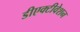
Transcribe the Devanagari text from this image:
डीएक्टीवेशन